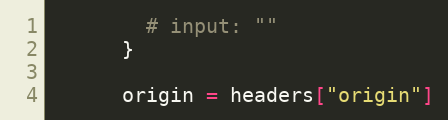
Language: Ruby
        # input: ""
      }

      origin = headers["origin"]